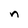
Character: n